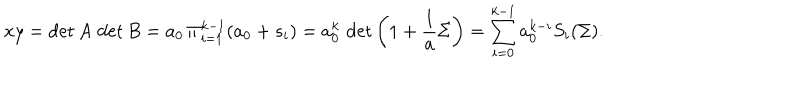
x y = \det A \, \det B = a _ { 0 } \, \Pi _ { i = 1 } ^ { k - 1 } ( a _ { 0 } + s _ { i } ) = a _ { 0 } ^ { k } \, \det \left( 1 + { \frac { 1 } { a } } \Sigma \right) = \sum _ { i = 0 } ^ { k - 1 } a _ { 0 } ^ { k - i } S _ { i } ( \Sigma ) .